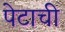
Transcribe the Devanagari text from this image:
पेटाची